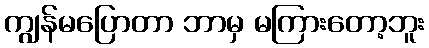
ကျွန်မပြောတာ ဘာမှ မကြားတော့ဘူး